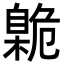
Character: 臲